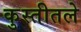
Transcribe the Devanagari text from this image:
कुस्तीतले